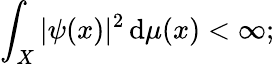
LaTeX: \int_{X}|\psi(x)|^{2}\, \mathrm{d}\mu(x)<\infty;